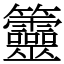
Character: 䉹